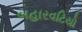
બહારવટિયો